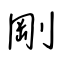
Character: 剛